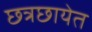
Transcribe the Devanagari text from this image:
छत्रछायेत